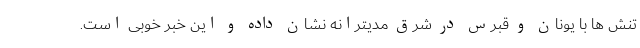
تنش ها با یونان و قبرس در شرق مدیترانه نشان داده و این خبر خوبی است.